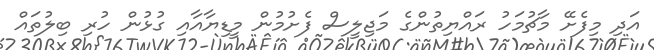
އަދި މިފެށޭ މާޗުމަހު ރައްޔިތުންގެ މަޖިލީސް ފެށުމުން މީޑިޔާއާއި ގުޅުން ހުރި ބިލުތައް